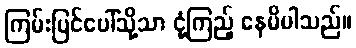
ကြမ်းပြင်ပေါ်သို့သာ ငုံ့ကြည့် နေမိပါသည်။